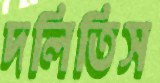
দলিতিস